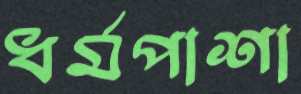
ধর্মপাশা